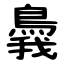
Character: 䳗